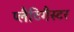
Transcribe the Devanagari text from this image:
प्लैटिगैस्टर